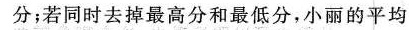
分；若同时去掉最高分和最低分，小丽的平均